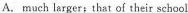
A. much largere； that of their school